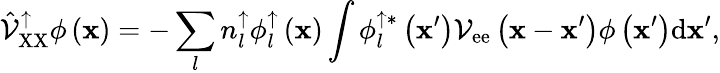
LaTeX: \hat{\mathcal{V}}_{\mathrm{XX}}^{\uparrow}\phi\left({\mathbf x}\right)=-\sum_{l}{n_{l}^{\uparrow}\phi_{l}^{\uparrow}\left({\mathbf x}\right)\int{\phi_{l}^{\uparrow*}\left({\mathbf x}^{\prime}\right)\mathcal{V}_{\mathrm{ee}}\left({\mathbf x}-{\mathbf x}^{\prime}\right)\phi\left({\mathbf x}^{\prime}\right)\mathrm{d}{\mathbf x}^{\prime}}},